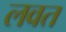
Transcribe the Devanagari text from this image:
लवत